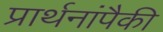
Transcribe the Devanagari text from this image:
प्रार्थनांपैकी